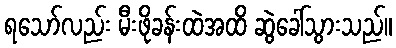
ရသော်လည်း မီးဖိုခန်းထဲအထိ ဆွဲခေါ်သွားသည်။